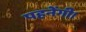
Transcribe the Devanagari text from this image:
पहनेंगी।